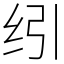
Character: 纼